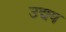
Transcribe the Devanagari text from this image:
उद्मय